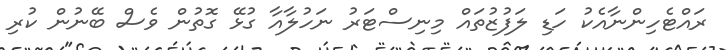
ރައްޓެހިންނާއެކު ހަޑި ލަފުޒުތައް މިނިސްޓަރު ނަހުލާއާ ގުޅޭ ގޮތުން ވެސް ބޭނުން ކުރި